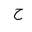
Letter: _ha